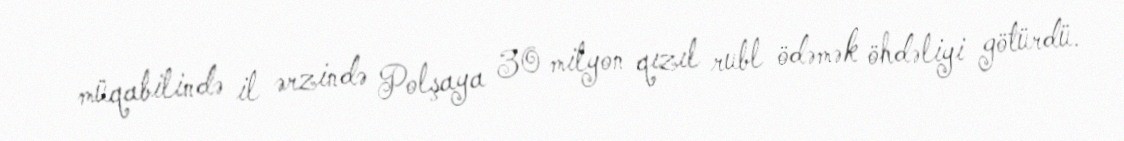
müqabilində il ərzində Polşaya 30 milyon qızıl rubl ödəmək öhdəliyi götürdü.